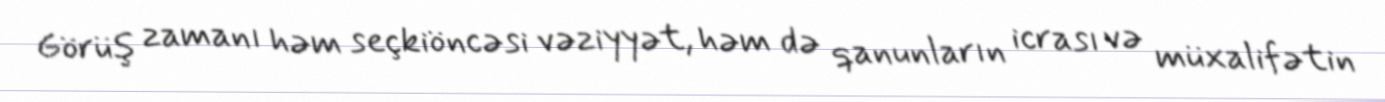
Görüş zamanı həm seçkiöncəsi vəziyyət, həm də qanunların icrası və müxalifətin